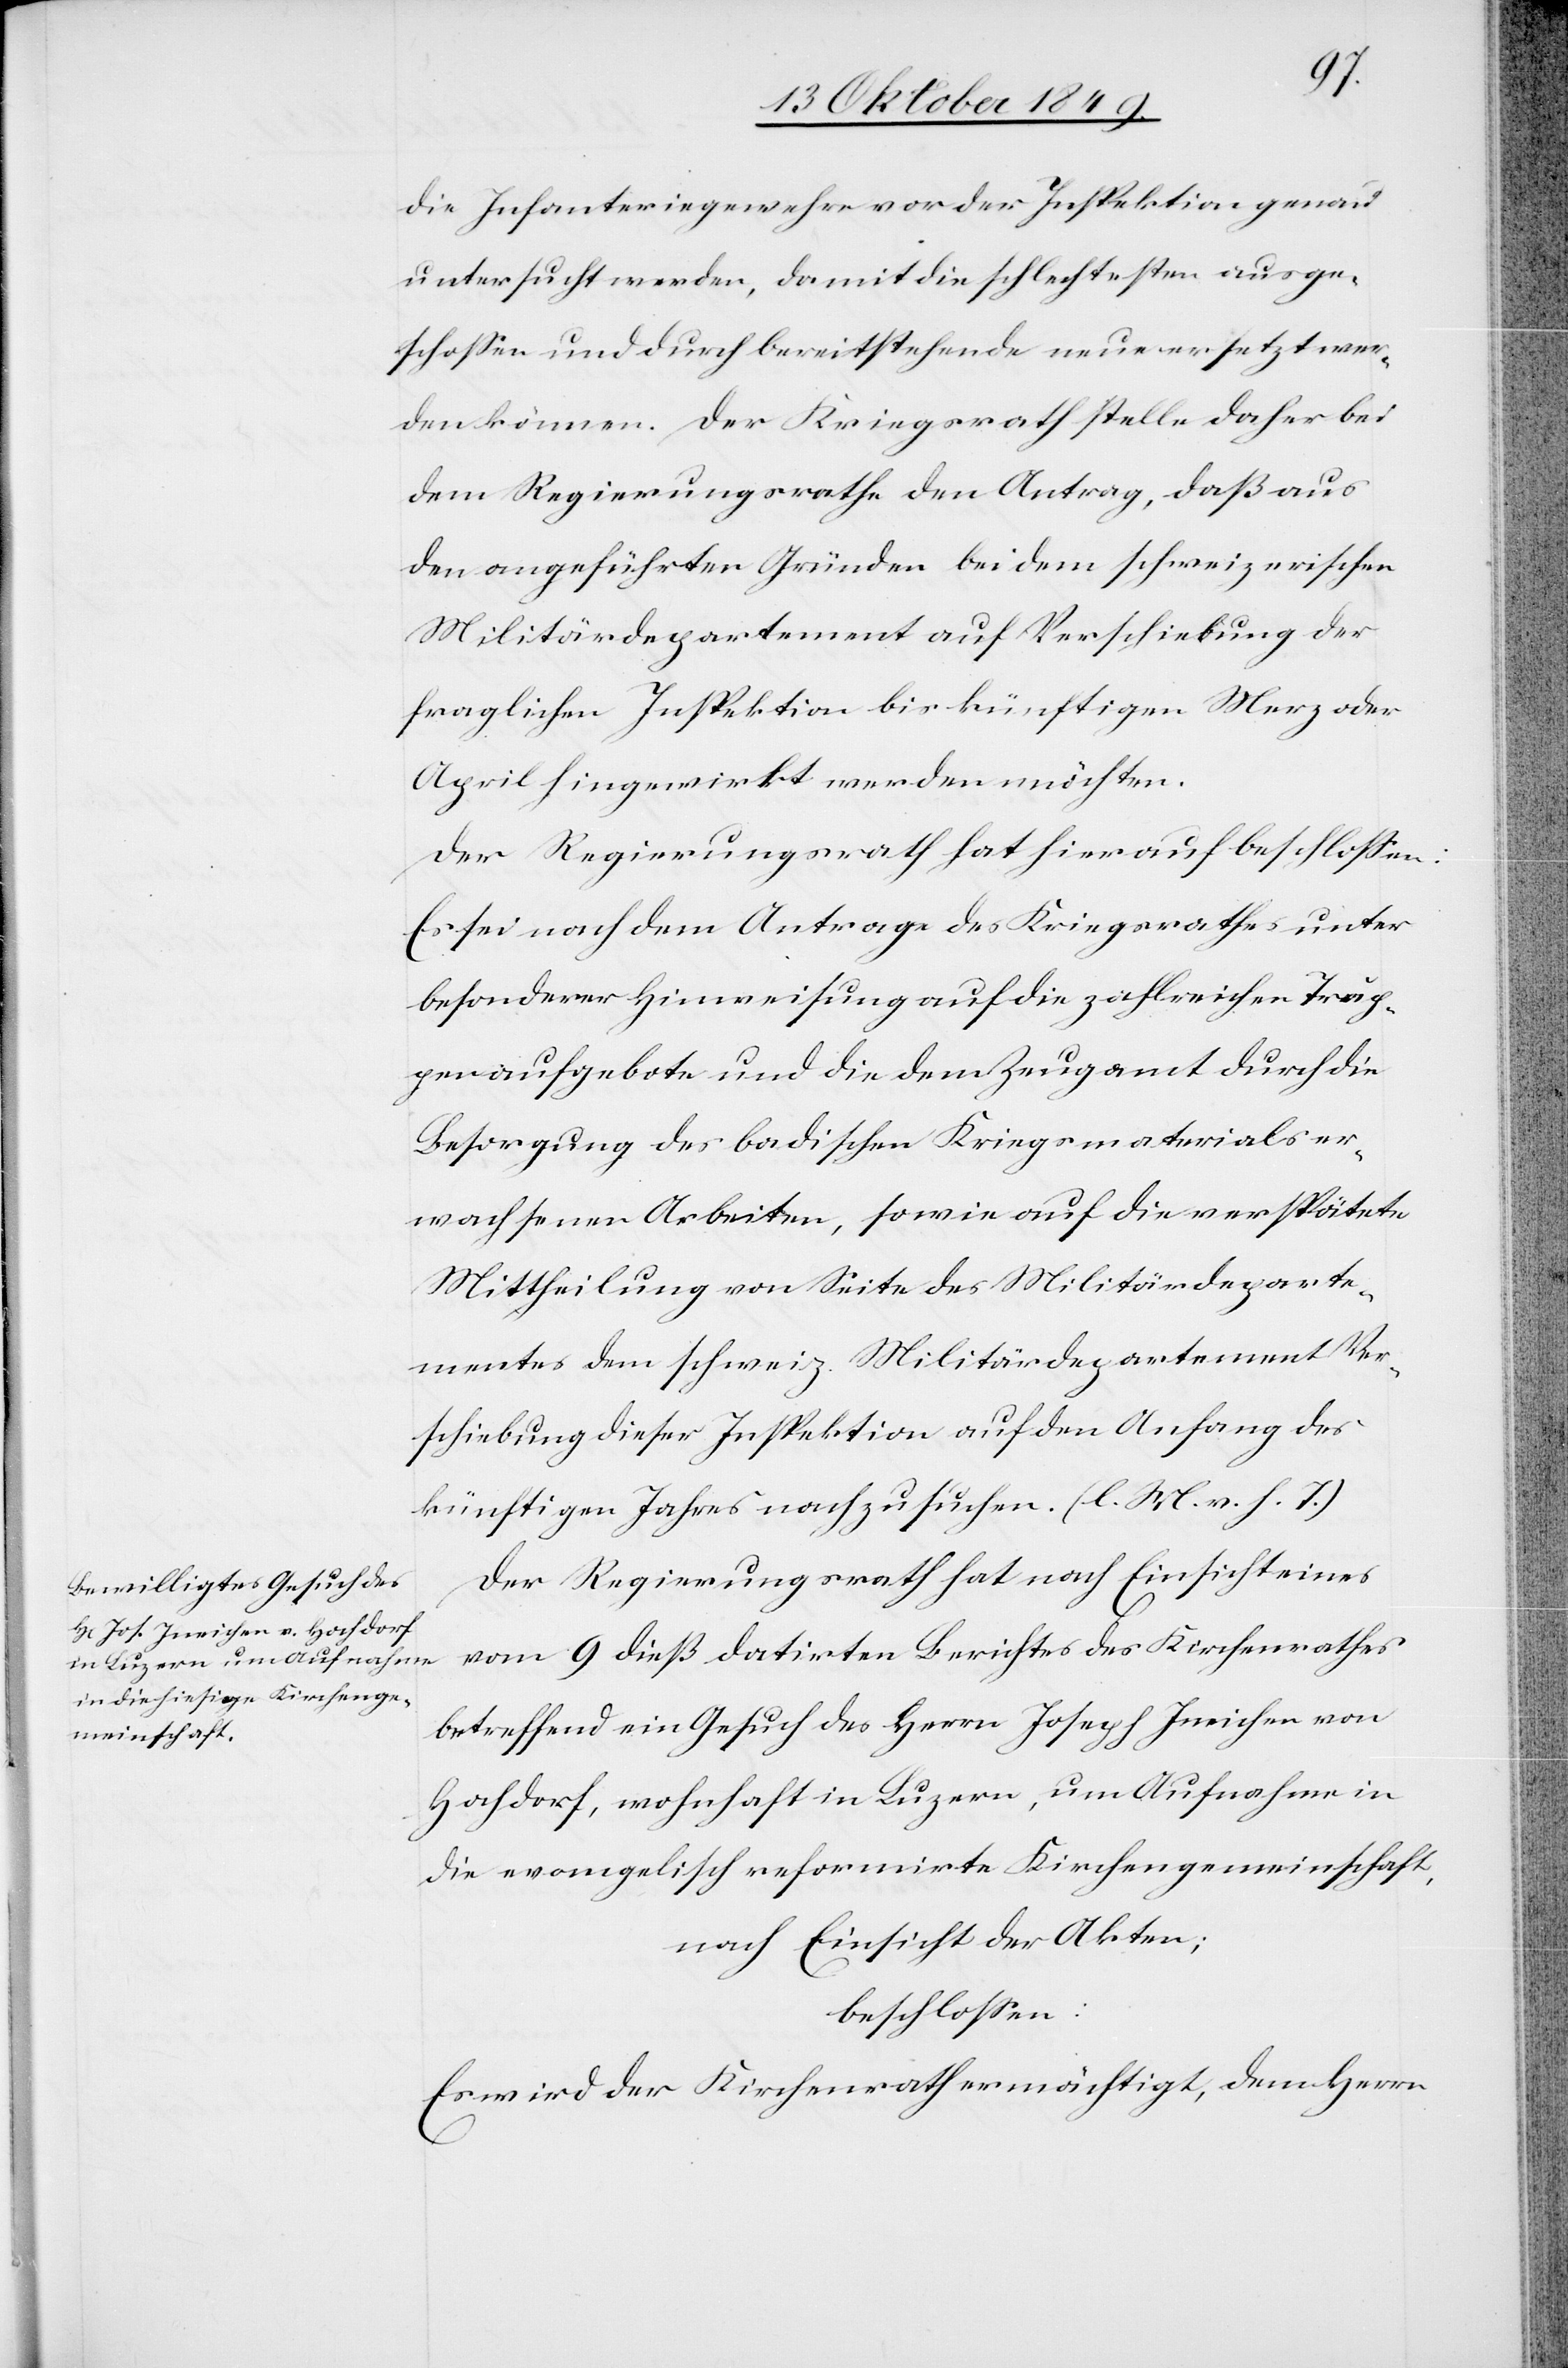
ment
die Infanteriegewehre vor der Inspektion genau
untersucht werden, damit die schlechtesten ausge¬
schloßen und durch bereit stehende neue ersetzt wer¬
den können. Der Kriegsrath stelle daher bei
dem Regierungsrathe den Antrag, daß aus
den angeführten Gründen bei dem schweizerischen
Militärdepartement auf Verschiebung der
fraglichen Inspektion bis künftigen Merz oder
April hingewirkt werden möchten.
Der Regierungsrath hat hierauf beschloßen:
Es sei nach dem Antrage des Kriegsrathes unter
besonderer Hinweisung auf die zahlreichen Trup¬
penaufgebote und die dem Zeugamt durch die
Besorgung des badischen Kriesgmaterials er¬
wachsenen Arbeiten, sowie auf die verspätete
Mittheilung von Seite des Militärdeparte¬
Verschiebung dieser Inspektion auf den Anfang des
künftigen Jahres nachzusuchen. [l. M. v. h. T]
Der Regierungsrath hat nach Einsicht eines
vom 9 dieß datirten Berichtes des Kirchenrathes
betreffend ein Gesuch des Herrn Joseph Ineichen von
Hachdorf, wohnhaft in Luzern, um Aufnahme in
die evangelisch reformirte Kirchengemeinschaft,
nach Einsicht der Akten;
beschloßen:
Es wird der Kirchenrath ermächtigt, dem Herrn